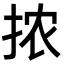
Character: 𫼮